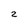
Character: 2